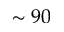
\sim 9 0